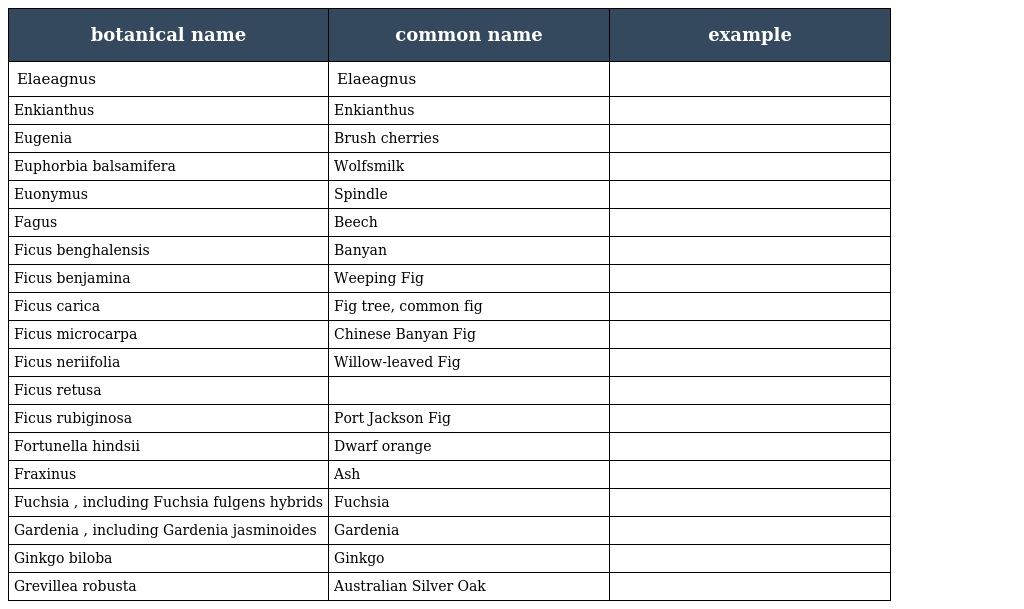
| botanical name | common name | example |
 | --- | --- | --- |
 | Elaeagnus | Elaeagnus |  |
 | Enkianthus | Enkianthus |  |
 | Eugenia | Brush cherries |  |
 | Euphorbia balsamifera | Wolfsmilk |  |
 | Euonymus | Spindle |  |
 | Fagus | Beech |  |
 | Ficus benghalensis | Banyan |  |
 | Ficus benjamina | Weeping Fig |  |
 | Ficus carica | Fig tree, common fig |  |
 | Ficus microcarpa | Chinese Banyan Fig |  |
 | Ficus neriifolia | Willow-leaved Fig |  |
 | Ficus retusa |  |  |
 | Ficus rubiginosa | Port Jackson Fig |  |
 | Fortunella hindsii | Dwarf orange |  |
 | Fraxinus | Ash |  |
 | Fuchsia , including Fuchsia fulgens hybrids | Fuchsia |  |
 | Gardenia , including Gardenia jasminoides | Gardenia |  |
 | Ginkgo biloba | Ginkgo |  |
 | Grevillea robusta | Australian Silver Oak |  |